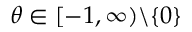
\theta \in [ - 1 , \infty ) \backslash \{ 0 \}